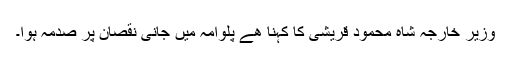
وزیر خارجہ شاہ محمود قریشی کا کہنا ھے پلوامہ میں جانی نقصان پر صدمہ ہوا۔